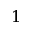
\boldsymbol { 1 }